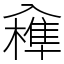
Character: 𠓼